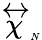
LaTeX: \stackrel{\leftrightarrow}{\chi}_{\tiny N}